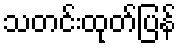
သတင်းထုတ်ပြန်